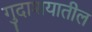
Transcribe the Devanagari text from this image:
गुदाशयातील